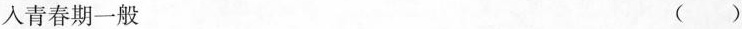
入青春期一般 ( )